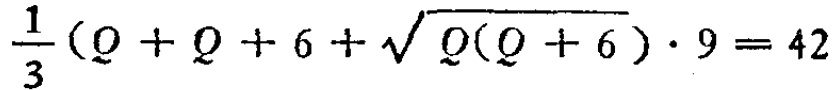
$\frac{1}{3}(Q + Q + 6+\sqrt{Q(Q + 6)})\cdot9 = 42$